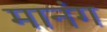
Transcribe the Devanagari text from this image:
मानंग